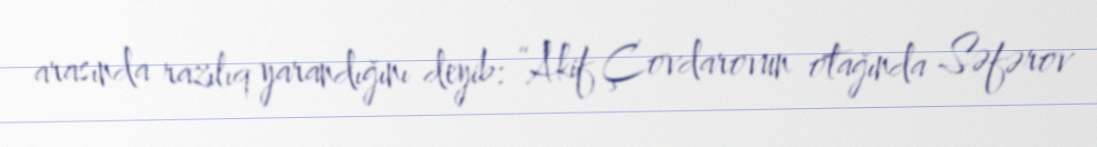
arasında razılıq yarandığını deyib: “Akif Çovdarovun otağında Səfərov